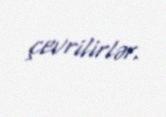
çevrilirlər.